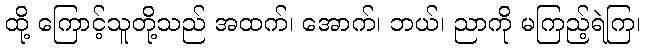
ထို့ ကြောင့်သူတို့သည် အထက်၊ အောက်၊ ဘယ်၊ ညာကို မကြည့်ရဲကြ၊